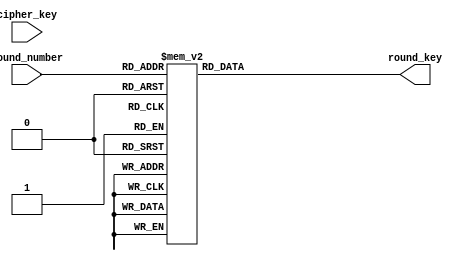
module keygen (
  input [127:0] cipher_key,
  input [3:0] round_number,
  output reg [127:0] round_key
);
  always @(round_number) begin
    case (round_number)
      4'd0 : round_key = 128'h00112233445566778899aabbccddeeff;
      4'd1 : round_key = 128'hc0393478846c520f0cf5f8b4c028164b;
      4'd2 : round_key = 128'hf67e87c27212d5cd7ee72d79becf3b32;
      4'd3 : round_key = 128'h789ca46c0a8e71a174695cd8caa667ea;
      4'd4 : round_key = 128'h541923185e9752b92afe0e61e058698b;
      4'd5 : round_key = 128'h2ee01ef970774c405a894221bad12baa;
      4'd6 : round_key = 128'h3011b20d4066fe4d1aefbc6ca03e97c6;
      4'd7 : round_key = 128'hc29906ed82fff8a0981044cc382ed30a;
      4'd8 : round_key = 128'h73ff61eaf100994a6910dd86513e0e8c;
      4'd9 : round_key = 128'hda54053b2b549c71424441f7137a4f7b;
      4'd10: round_key = 128'h36d024461d84b8375fc0f9c04cbab6bb;
      default:
      begin
        round_key = 128'h0;
      end
    endcase
  end
endmodule

/*
Fixed key expansion for key: 0x00112233445566778899AABBCCDDEEFF
TODO: make a true key generator for arbitrary cipher key

obtained from the following Python script:
def expand_key(key):
  mask = 0xffffffff
  keys = [(key >> 96) & mask, (key >> 64) & mask, (key >> 32) & mask, key & mask]
  rci = [1]
  for index in range(len(keys), 11 * len(keys)):
    if index % 4 == 0:
      keys.append(
          keys[index-4] ^ \
          (rci[len(rci)-1] << 24) ^ \
          ( \
            (sbox[(keys[index-1] >> 16) & 0xff] << 24) | \
            (sbox[(keys[index-1] >> 8) & 0xff] << 16) | \
            (sbox[(keys[index-1]) & 0xff] << 8) | \
            (sbox[(keys[index-1] >> 24) & 0xff]) \
          ) \
        )
      rci.append(2 * rci[len(rci)-1] if rci[len(rci)-1] < 0x80 \
            else ((2 * rci[len(rci)-1]) ^ 0x11b) & 0xff)
    else:
      keys.append(keys[index-4] ^ keys[index-1])
  return [ \
    (keys[4*index] << 96) | \
     (keys[4*index+1] << 64) | \
     (keys[4*index+2] << 32) | \
     (keys[4*index+3]) & \
     0xffffffffffffffffffffffffffffffff \
     for index in range(int(len(keys)/4)) \
  ]
*/
  
/*
  reg [127:0] round_keys [0:10];
  reg [3:0] index;
  reg [7:0] rcon = 1;
  reg [7:0] sbox0_in, sbox1_in, sbox2_in, sbox3_in;
  wire [7:0] sbox0_out, sbox1_out, sbox2_out, sbox3_out;
  reg [31:0] w0, w1, w2, w3, w4, w5, w6, w7, www;

  sbox sbox0(.input_byte(sbox0_in), .output_byte(sbox0_out));
  sbox sbox1(.input_byte(sbox1_in), .output_byte(sbox1_out));
  sbox sbox2(.input_byte(sbox2_in), .output_byte(sbox2_out));
  sbox sbox3(.input_byte(sbox3_in), .output_byte(sbox3_out));
  always @(cipher_key) begin
    round_keys[0] = cipher_key;
    w0 = cipher_key[127:96];
    w1 = cipher_key[95:64];
    w2 = cipher_key[63:32];
    w3 = cipher_key[31:0];
    for (index = 0; index <= 10; index = index + 1) begin
      sbox0_in = w3[31:24]; sbox1_in = w3[23:16];
      sbox2_in = w3[15:08]; sbox3_in = w3[07:00];
      www = {rcon, 24'h0} ^ {sbox1_out, sbox2_out, sbox3_out, sbox0_out};
      w4 = w0 ^ www;
      w5 = w1 ^ w0 ^ www;
      w6 = w2 ^ w1 ^ w0 ^ www;
      w7 = w3 ^ w2 ^ w1 ^ w0 ^ www;
      rcon = (rcon < 8'h80) ? rcon << 1 : (rcon << 1) ^ 8'h1b;
      round_keys[index] = {w4, w5, w6, w7};
      w0 = w4;
      w1 = w5;
      w2 = w6;
      w3 = w7;
    end
  end
*/